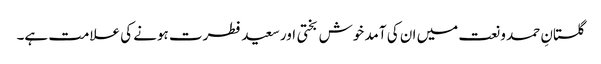
گلستانِ حمد و نعت میں ان کی آمد خوش بختی اور سعید فطرت ہونے کی علامت ہے۔